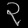
Digit: ၃